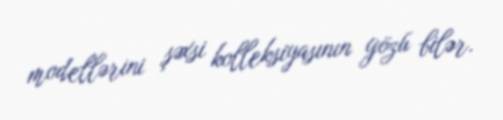
modellərini şəxsi kolleksiyasının gözü bilər.